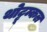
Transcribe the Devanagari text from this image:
थोट्टूम्कल